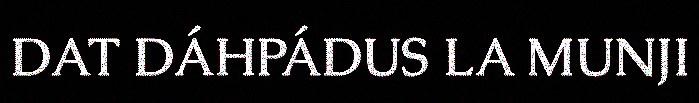
DAT DÁHPÁDUS LA MUNJI